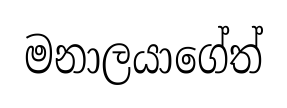
මනාලයාගේත්